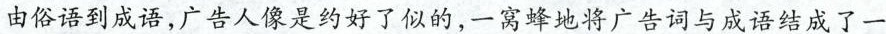
由俗语到成语，广告人像是约好了似的，一窝蜂地将广告词与成语结成了一